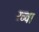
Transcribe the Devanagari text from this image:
रव्वा